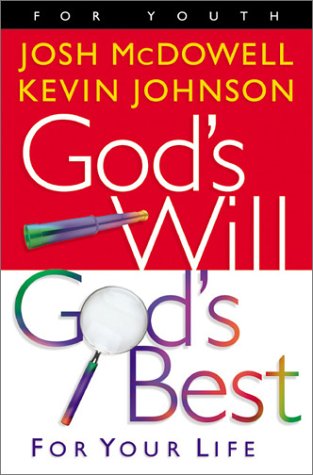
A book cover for God's Will God's Best: For Your Life; Josh McDowell; Children's Books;